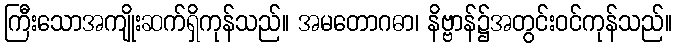
ကြီးသောအကျိုးဆက်ရှိကုန်သည်။ အမတောဂဓာ၊ နိဗ္ဗာန်၌အတွင်းဝင်ကုန်သည်။